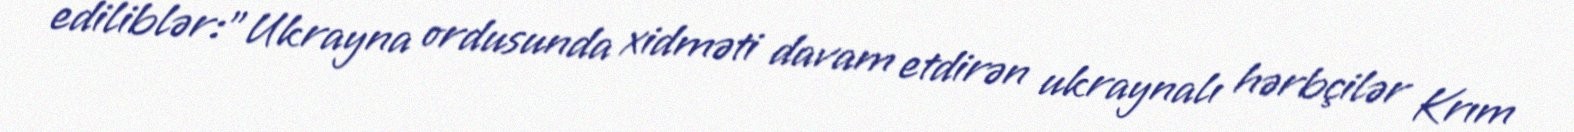
ediliblər:"Ukrayna ordusunda xidməti davam etdirən ukraynalı hərbçilər Krım